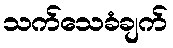
သက်သေခံချက်